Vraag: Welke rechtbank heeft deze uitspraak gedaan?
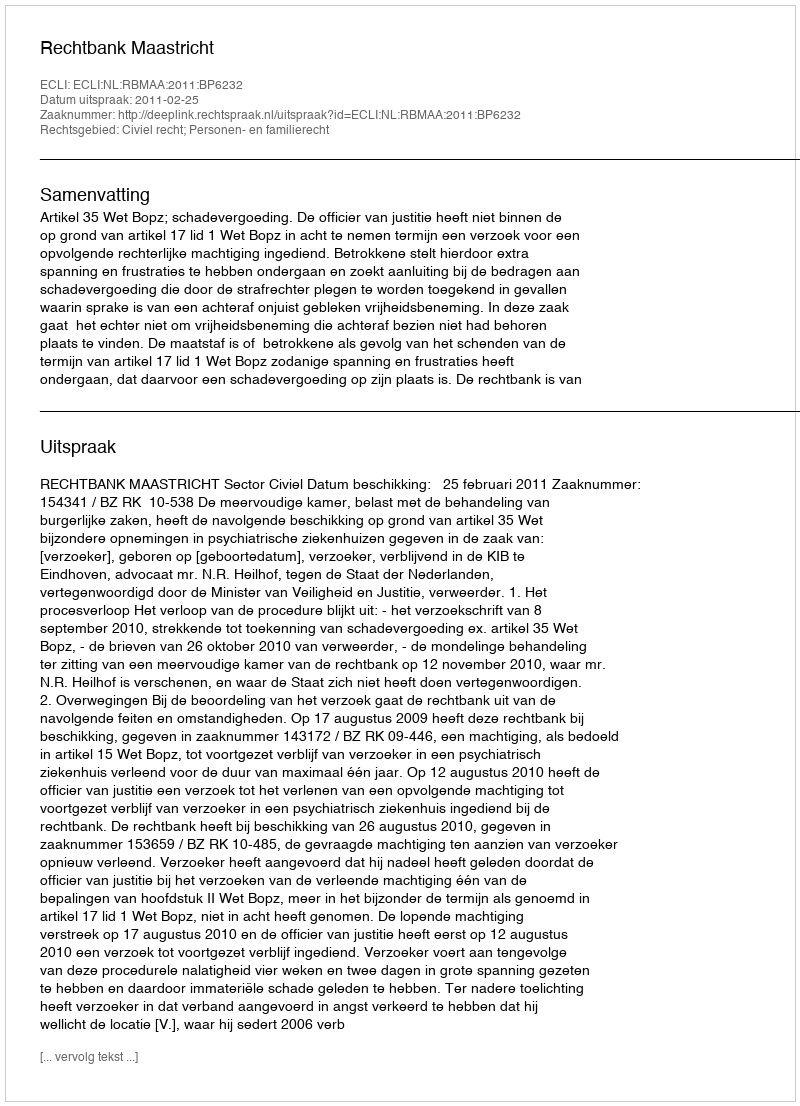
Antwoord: Rechtbank Maastricht